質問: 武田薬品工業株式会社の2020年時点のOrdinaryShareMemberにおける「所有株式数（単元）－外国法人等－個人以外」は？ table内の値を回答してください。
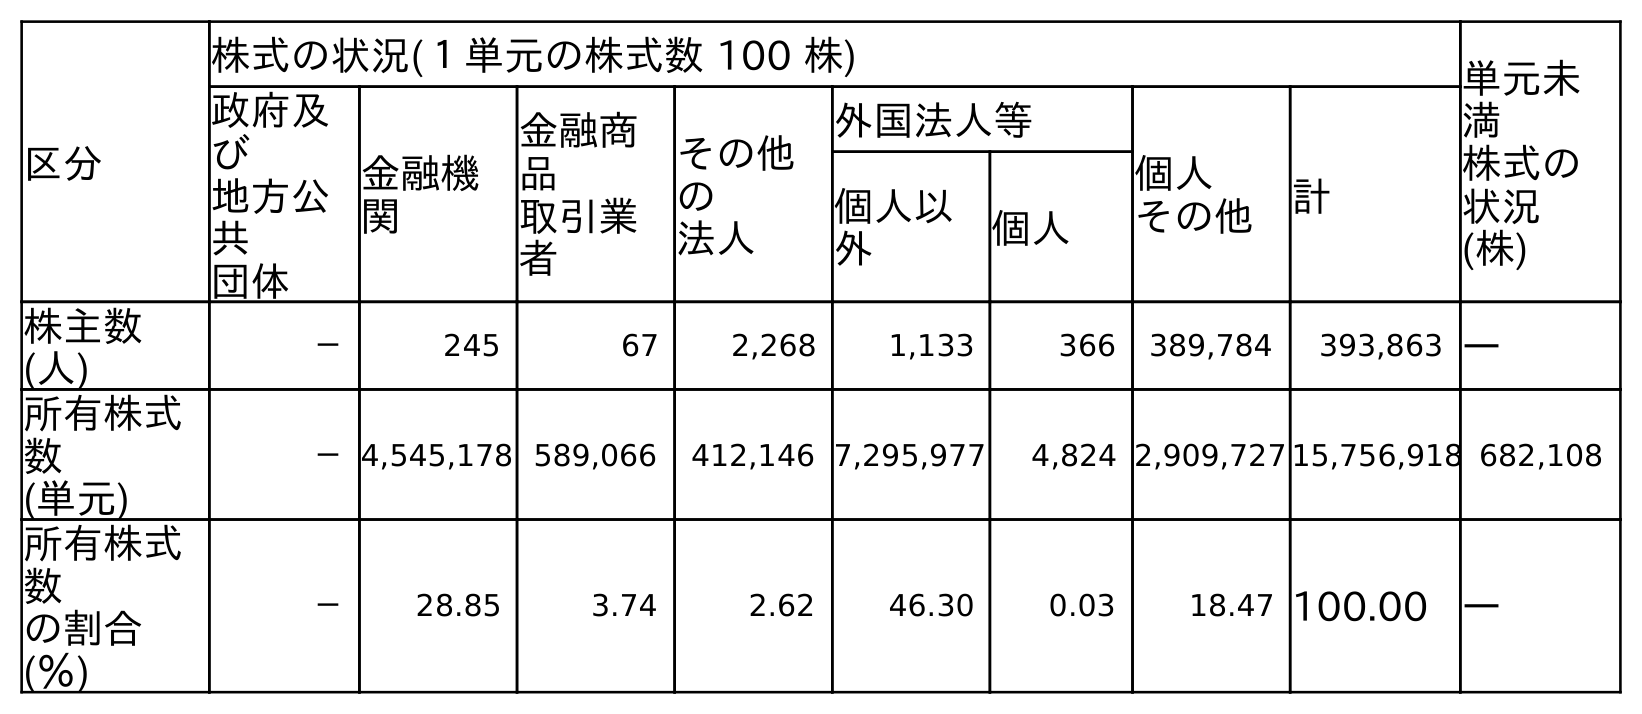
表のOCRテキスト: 区分 株式の状況(１単元の株式数 100 株) 単元未 満 株式の 状況 (株) 政府及 び 地方公 共 団体 金融機 関 金融商 品 取引業 者 その他 の 法人 外国法人等 個人 その他 計 個人以 外 個人 株主数 (人) － 245 67 2,268 1,133 366 389,784 393,863 ― 所有株式 数 (単元) －4,545,178 589,066 412,146 7,295,977 4,824 2,909,727 15,756,918 682,108 所有株式 数 の割合 (％) － 28.85 3.74 2.62 46.30 0.03 18.47 100.00 ―
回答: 7,295,977